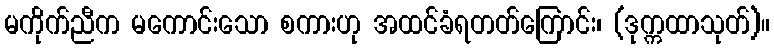
မကိုက်ညီက မကောင်းသော စကားဟု အထင်ခံရတတ်ကြောင်း၊ (ဒုက္ကထာသုတ်)။